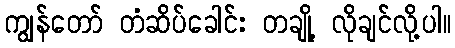
ကျွန်တော် တံဆိပ်ခေါင်း တချို့ လိုချင်လို့ပါ။